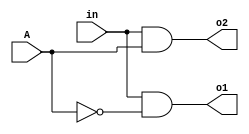
module demux(o1, o2, in, A);
	output o1, o2;
	input in, A;
	
	wire w1;
	
	not (w1, A);
	and p1(o1, in, w1);
	and p2(o2, in, A);	
	
endmodule